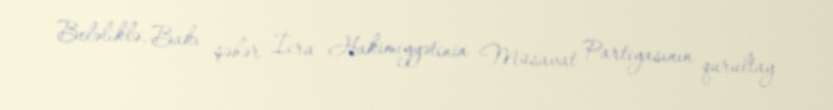
Beləliklə, Bakı şəhər İcra Hakimiyyətinin Müsavat Partiyasının qurultay